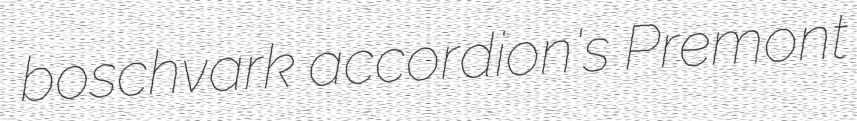
boschvark accordion's Premont